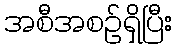
အစီအစဉ်ရှိပြီး